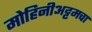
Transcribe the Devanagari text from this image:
मोहिनीअट्टमचा